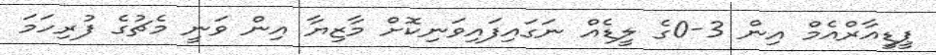
ޕީޑީއާރްއެމް އިން 3-0ގެ ލީޑެއް ނަަގައިފައިވަނިކޮށް މާޒިޔާ އިން ވަނީ މެޗުގެ ފުރިހަމަ